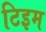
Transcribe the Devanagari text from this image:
टिइम